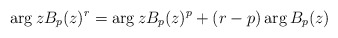
\begin{align*}\arg zB_p(z)^r = \arg z B_p(z)^p + (r-p)\arg B_p(z)\end{align*}